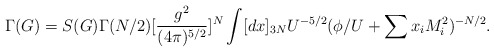
\begin{align*}\Gamma(G)= S(G)\Gamma(N/2)[\frac{g^2}{(4\pi )^{5/2}}]^N\int [dx]_{3N}U^{-5/2}(\phi/U+\sum x_iM^2_i)^{-N/2}.\end{align*}